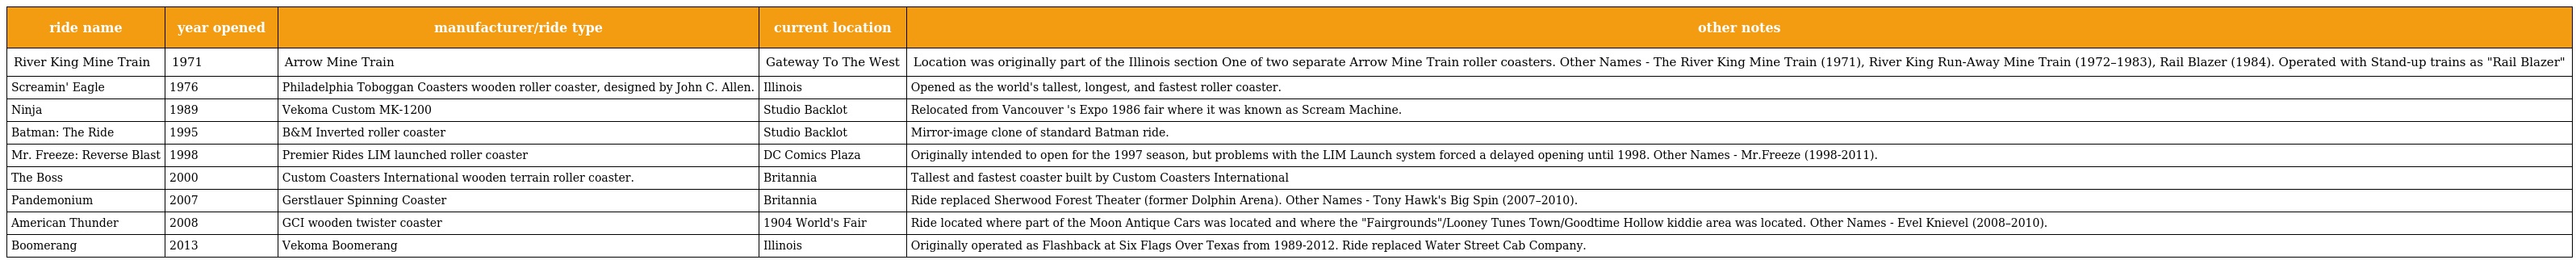
| ride name | year opened | manufacturer/ride type | current location | other notes |
 | --- | --- | --- | --- | --- |
 | River King Mine Train | 1971 | Arrow Mine Train | Gateway To The West | Location was originally part of the Illinois section One of two separate Arrow Mine Train roller coasters. Other Names - The River King Mine Train (1971), River King Run-Away Mine Train (1972–1983), Rail Blazer (1984). Operated with Stand-up trains as "Rail Blazer" |
 | Screamin' Eagle | 1976 | Philadelphia Toboggan Coasters wooden roller coaster, designed by John C. Allen. | Illinois | Opened as the world's tallest, longest, and fastest roller coaster. |
 | Ninja | 1989 | Vekoma Custom MK-1200 | Studio Backlot | Relocated from Vancouver 's Expo 1986 fair where it was known as Scream Machine. |
 | Batman: The Ride | 1995 | B&M Inverted roller coaster | Studio Backlot | Mirror-image clone of standard Batman ride. |
 | Mr. Freeze: Reverse Blast | 1998 | Premier Rides LIM launched roller coaster | DC Comics Plaza | Originally intended to open for the 1997 season, but problems with the LIM Launch system forced a delayed opening until 1998. Other Names - Mr.Freeze (1998-2011). |
 | The Boss | 2000 | Custom Coasters International wooden terrain roller coaster. | Britannia | Tallest and fastest coaster built by Custom Coasters International |
 | Pandemonium | 2007 | Gerstlauer Spinning Coaster | Britannia | Ride replaced Sherwood Forest Theater (former Dolphin Arena). Other Names - Tony Hawk's Big Spin (2007–2010). |
 | American Thunder | 2008 | GCI wooden twister coaster | 1904 World's Fair | Ride located where part of the Moon Antique Cars was located and where the "Fairgrounds"/Looney Tunes Town/Goodtime Hollow kiddie area was located. Other Names - Evel Knievel (2008–2010). |
 | Boomerang | 2013 | Vekoma Boomerang | Illinois | Originally operated as Flashback at Six Flags Over Texas from 1989-2012. Ride replaced Water Street Cab Company. |